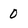
Character: 0